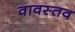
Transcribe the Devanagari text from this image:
वावस्तव